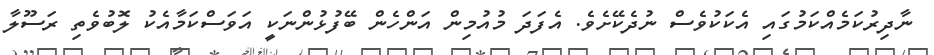
ނާދިރުކަމެއްކަމުގައި އެކަކުވެސް ނުދެކޭށެވެ. އެފަދަ މުއުމިން އަންހެން ބޭފުޅުންނަކީ އަވަސްކަމާއެކު ލޮބުވެތި ރަސޫލާ